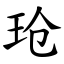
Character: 玱